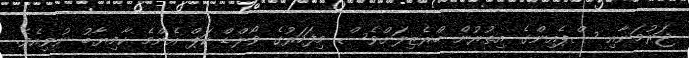
ޖަރުމަނާއި ސްޕެއިންގެ އިތުރުން ބްރެޒިލަށްވެސް މިފަހަރުގެ ވޯލްޑް ކަޕް އެންމެ ކާމިޔާބު ނުވިއެވެ.